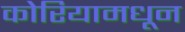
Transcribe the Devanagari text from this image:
कोरियामधून